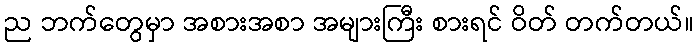
ည ဘက်တွေမှာ အစားအစာ အများကြီး စားရင် ဝိတ် တက်တယ်။